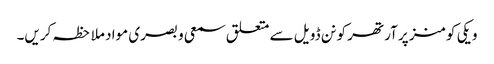
ویکی کومنز پر آرتھر کونن ڈویل سے متعلق سمعی و بصری مواد ملاحظہ کریں۔